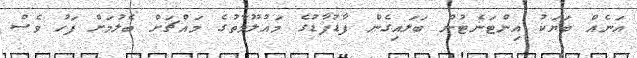
އަނެއް ބަޔަކު އިންޓަނެޓުން ބަލައިގެން ފާޑުފާޑުގެ މައުލޫމާތުގެ މައްޗަށް ބެލުމަށް ފަހު ވެސް